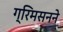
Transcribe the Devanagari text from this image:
ग्रिमसनने